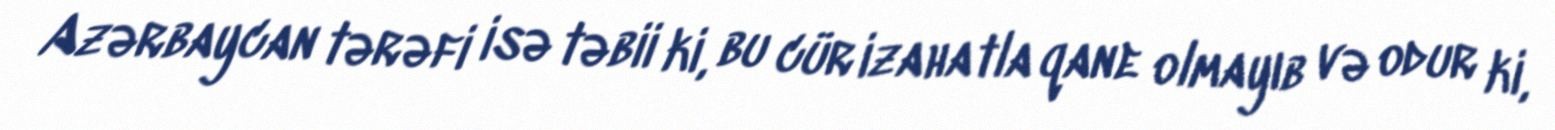
Azərbaycan tərəfi isə təbii ki, bu cür izahatla qane olmayıb və odur ki,